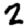
Digit: 2